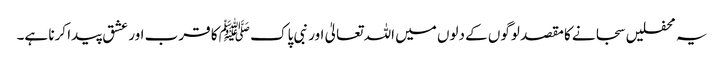
یہ محفلیں سجانے کا مقصد لوگوں کے دلوں میں اللہ تعالیٰ اور نبی پاک ﷺ کا قرب اور عشق پیدا کرنا ہے۔